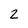
Character: 2